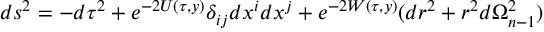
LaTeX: d s ^ { 2 } = - d \tau ^ { 2 } + e ^ { - 2 U ( \tau , y ) } \delta _ { i j } d x ^ { i } d x ^ { j } + e ^ { - 2 W ( \tau , y ) } ( d r ^ { 2 } + r ^ { 2 } d \Omega _ { n - 1 } ^ { 2 } )